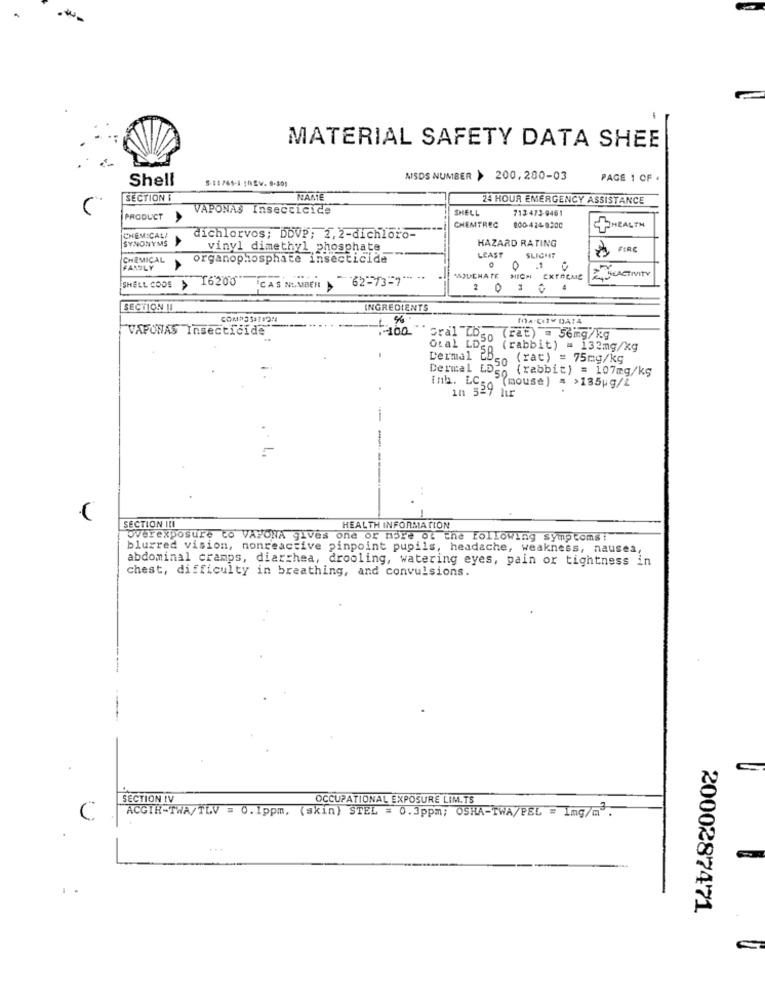
MATERIAL SAFETY DATA SHEE
Shell
MSDS NUMBER > 200,280-03
PAGE 1 OF .
SECTION I
NAME
24 HOUR EMERGENCY ASSISTANCE
VAPONAS Insecticide
SHELL
713-473-9461
PRODUCT
CHEMTREC
800-474-9300
HEALTH
CHEMICALI
SYNONYMS
dichlorvos; DDVP; 2, 2-dichloro-
HAZARD RATING
vinyl dimethyl phosphate
SLIGHT
FIRE
CHEMICAL
organophosphate insecticide
EAST
FAMILY
> 16200
CAS NUMBER > 62-73-7 ***
MAJUENATE NICH EXTREME
SHELL CODE
4
SECTION !!
INGREDIENTS
MA CITY DAI4
VAPONAS Insecticide
.100
Cral Cogn (rat) = 56mg/kg
Otal LD50
(rabbit) = 132mg/kg
Dermal Cb_ (rat) = 75mg/kg
Dermal L530
{rabbit) = 107mg/kg
inh. LC50
1n 529 hir
LOS (mouse) = >135g/L
-
-
SECTION III
HEALTH INFORMATION
overexposure to VAYONA gives one or more of the Following symptoms:
blurred vision, nonreactive pinpoint pupils, headache, weakness, nausea,
abdominal cramps, diarrhea, drooling, watering eyes, pain or tightness in
chest, difficulty in breathing, and convulsions.
SECTION IV
OCCUPATIONAL EXPOSURE LIM.TS
C
ACGIR-TWA/TLV = 0. 1ppm, (skin) STEL = 0.3ppm; OSHA-TWA/PEL = 1mg/m.
2000287471